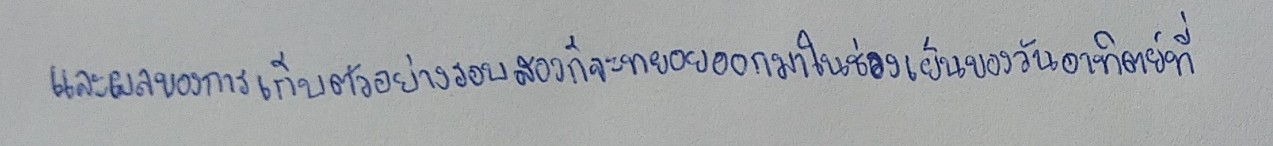
และผลของการเก็บตัวอย่างรอบสองก็จะทยอยออกมาในช่วงเย็นของวันอาทิตย์ที่